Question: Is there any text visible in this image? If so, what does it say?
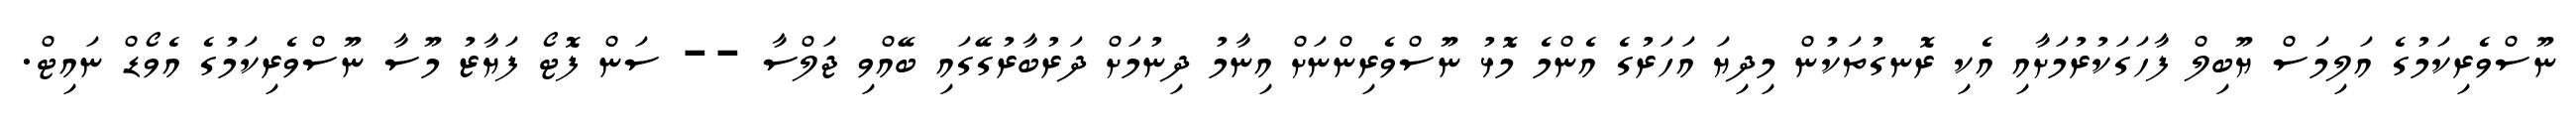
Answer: ނޫސްވެރިކަމުގެ އަލިމަސް ޔޫބިލް ފާހަގަކުރުމަށާއި އެކި ރޮނގުތަކުން މިދިޔަ އަހަރުގެ އެންމެ މޮޅު ނޫސްވެރިންނަށް އިނާމު ދިނުމަށް ދަރުބާރުގޭގައި ބޭއްވި ޖަލްސާ -- ސަން ފޮޓޯ ފަޔާޒު މޫސާ ނޫސްވެރިކަމުގެ އެވޯޑް ނައިޓް.